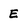
Character: E